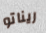
ريناتو